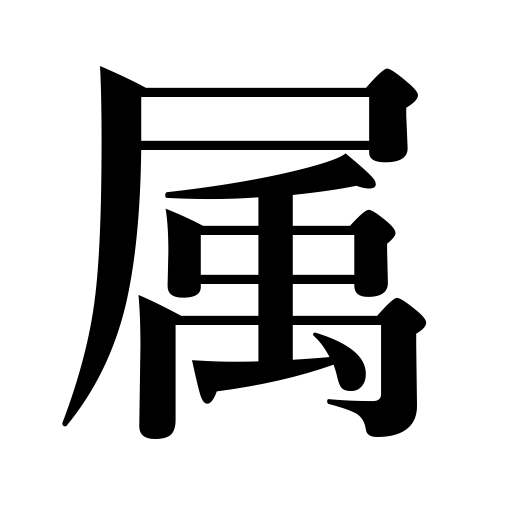
Meanings: genus,subordinate official